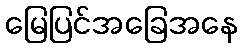
မြေပြင်အခြေအနေ